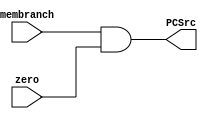
// Course: CSE 401- Computer Architecture
// Term: Winter 2020
// Name: Erika Gutierrez
// ID: 005318270

`timescale 1ns / 1ps
/* and.v */

module AND (
	input	wire	membranch, zero,
	output	wire	PCSrc
    );

	assign PCSrc = membranch && zero;

endmodule // AND